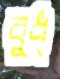
বুধ্